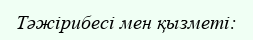
Тәжірибесі мен қызметі: